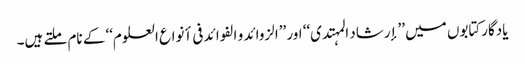
یادگارکتابوں میں ’’إرشاد المہتدی‘‘ اور ’’الزوائد و الفوائد فی أنواع العلوم‘‘ کے نام ملتے ہیں۔